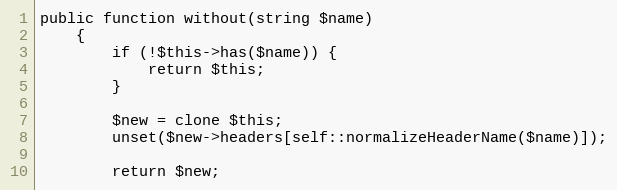
Language: PHP
public function without(string $name)
	{
		if (!$this->has($name)) {
			return $this;
		}

		$new = clone $this;
		unset($new->headers[self::normalizeHeaderName($name)]);

		return $new;